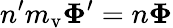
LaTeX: n^{\prime}m_{\mathrm{v}}\boldsymbol\Phi^{\prime}=n\boldsymbol\Phi